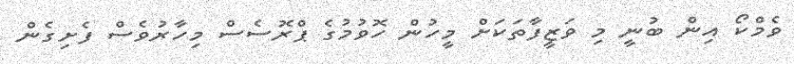
ވެމްކޯ އިން ބުނީ މި ވަޒީފާތަކަށް މީހުން ހޮވުމުގެ ޕްރޮސެސް މިހާރުވެސް ފެށިގެން